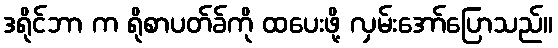
ဒရိုင်ဘာ က ရိုစာပတ်ခ်ကို ထပေးဖို့ လှမ်းအော်ပြောသည်။